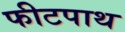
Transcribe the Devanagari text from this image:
फीटपाथ